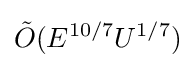
{\tilde {O}}(E^{10/7}U^{1/7})